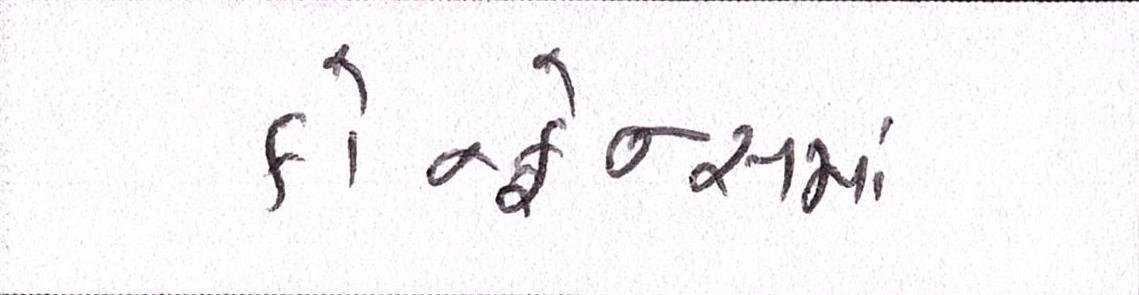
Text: કોન્ફ્રેન્સમાં